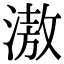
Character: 滶